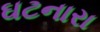
ઘટનારા